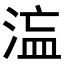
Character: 𭰻